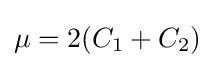
\mu =2(C_{1}+C_{2})